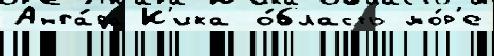
Анга́ра К'ика о́бласть мо́р'е